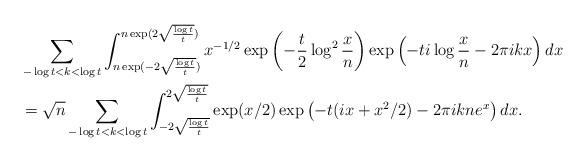
LaTeX: \begin{align*}&\sum_{-\log t<k<\log t} \int_{n\exp(-2\sqrt{\frac{\log t}{t}})}^{n\exp(2\sqrt{\frac{\log t}{t}})} x^{-1/2} \exp\left(-\frac{t}{2}\log^2\frac{x}{n}\right) \exp\left(-ti\log\frac{x}{n}-2\pi ikx\right) dx \\&= \sqrt{n} \sum_{-\log t<k<\log t} \int_{-2\sqrt{\frac{\log t}{t}}}^{2\sqrt{\frac{\log t}{t}}} \exp(x/2) \exp\left(-t(ix+x^2/2)-2\pi ikne^x\right) dx.\end{align*}